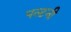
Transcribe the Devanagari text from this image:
पल्टनी